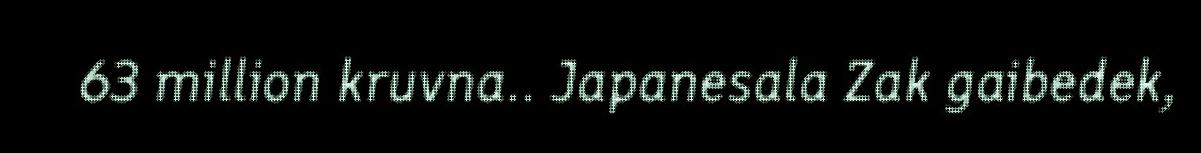
63 million kruvna.. Japanesala Zak gaibedek,